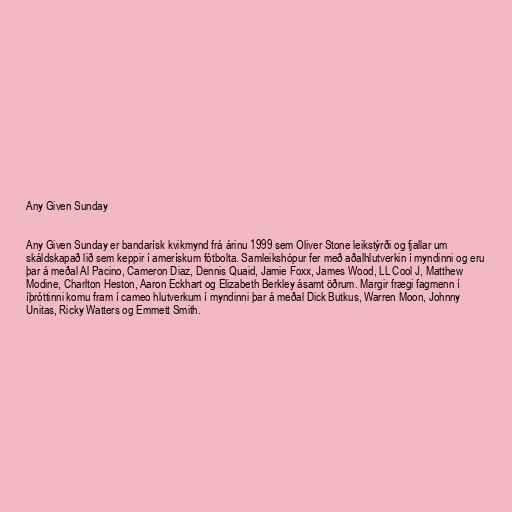
Any Given Sunday

Any Given Sunday er bandarísk kvikmynd frá árinu 1999 sem Oliver Stone leikstýrði og fjallar um
skáldskapað lið sem keppir í amerískum fótbolta. Samleikshópur fer með aðalhlutverkin í myndinni og eru
þar á meðal Al Pacino, Cameron Diaz, Dennis Quaid, Jamie Foxx, James Wood, LL Cool J, Matthew
Modine, Charlton Heston, Aaron Eckhart og Elizabeth Berkley ásamt öðrum. Margir frægi fagmenn í
íþróttinni komu fram í cameo hlutverkum í myndinni þar á meðal Dick Butkus, Warren Moon, Johnny
Unitas, Ricky Watters og Emmett Smith.